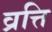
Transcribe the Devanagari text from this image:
व्रत्ति